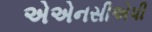
એએનસીએપી